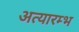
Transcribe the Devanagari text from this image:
अत्यारम्भ